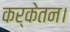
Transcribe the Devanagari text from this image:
कर्केतन।